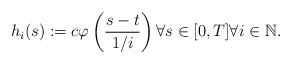
LaTeX: \begin{align*}h_i(s) := c \varphi\left ( \frac{s - t}{1/i}\right )\forall s \in [0,T]\forall i \in \mathbb{N}. \end{align*}